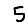
Digit: 5